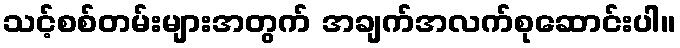
သင့်စစ်တမ်းများအတွက် အချက်အလက်စုဆောင်းပါ။